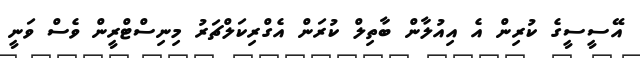
އޭސީސީގެ ކުރިން އެ އިއުލާން ބާތިލް ކުރަން އެގްރިކަލްޗަރު މިނިސްޓްރީން ވެސް ވަނީ